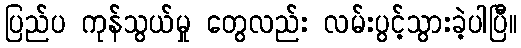
ပြည်ပ ကုန်သွယ်မှု တွေလည်း လမ်းပွင့်သွားခဲ့ပါပြီ။